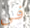
فى